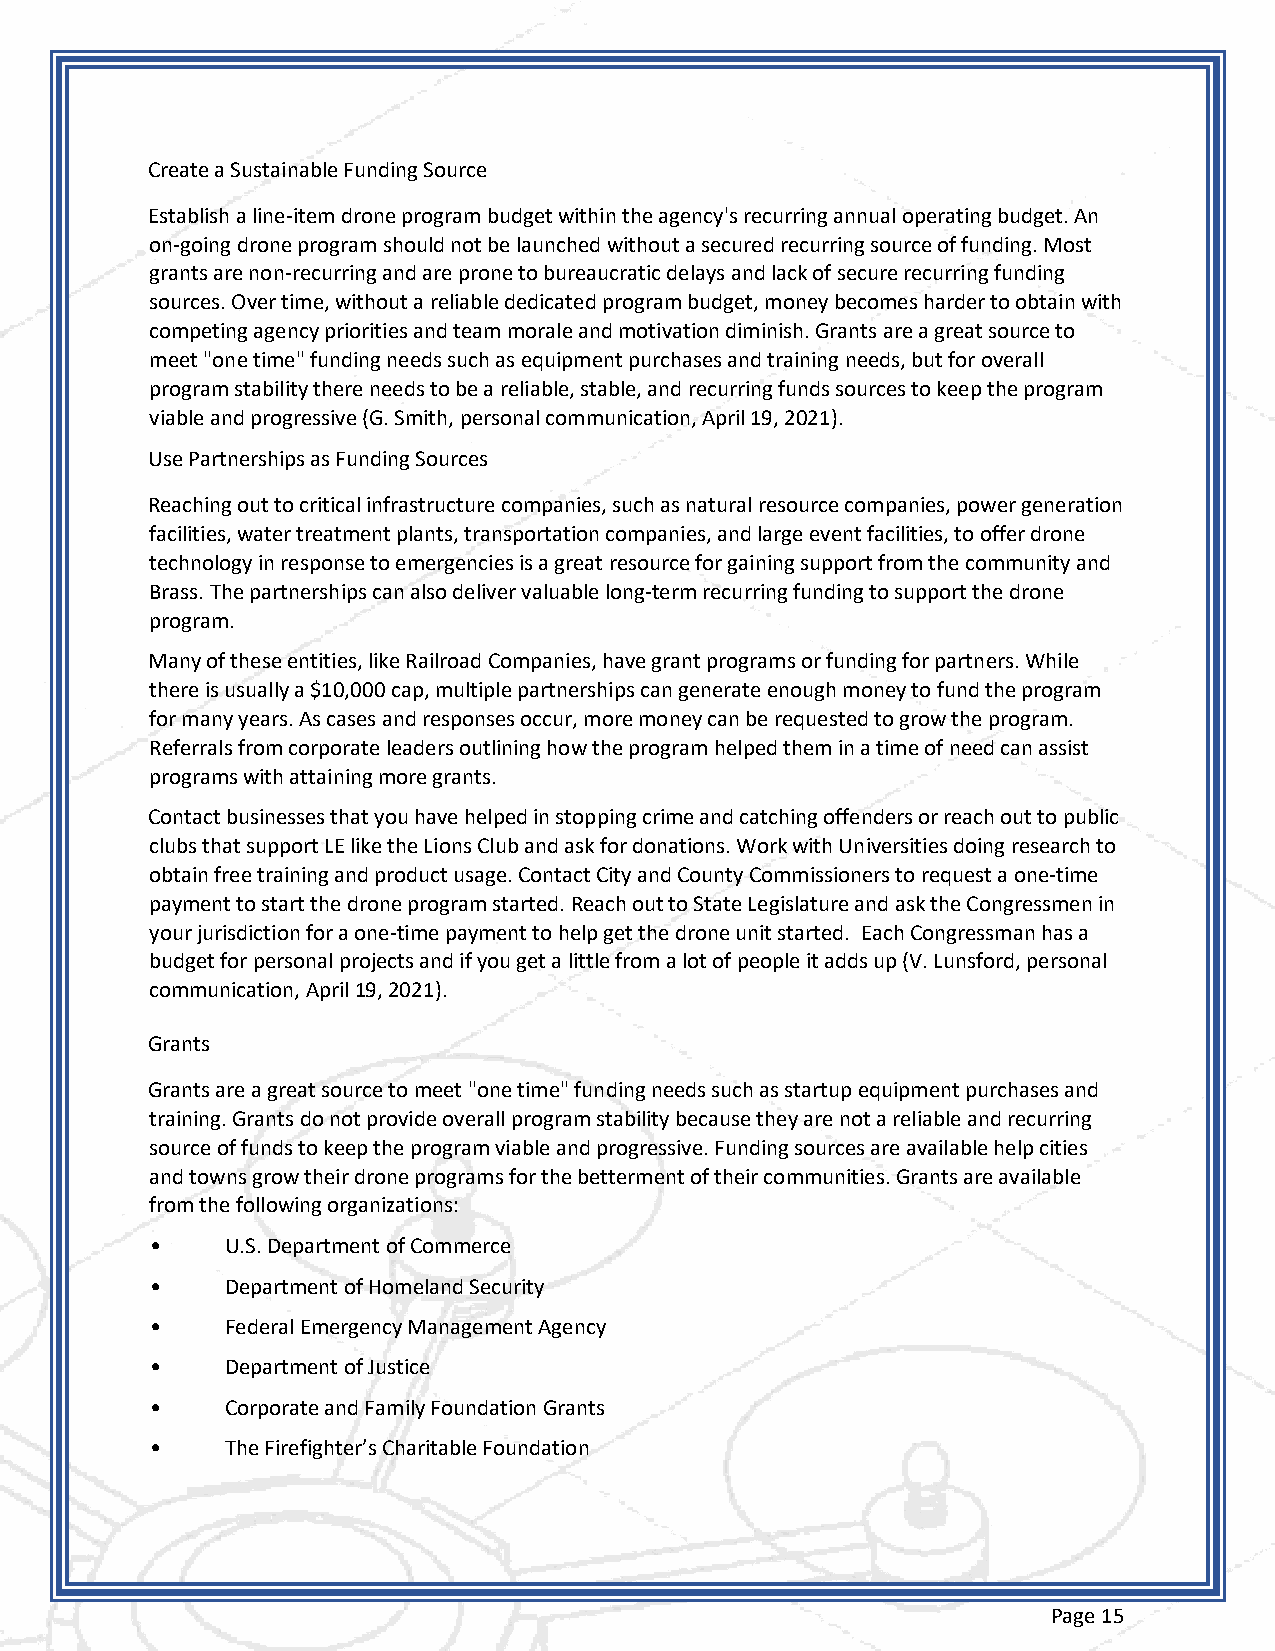
Create a Sustainable Funding Source
 Establish a line-item drone program budget within the agency's recurring annual operating budget. An
 on-going drone program should not be launched without a secured recurring source of funding. Most
 grants are non-recurring and are prone to bureaucratic delays and lack of secure recurring funding
 sources. Over time, without a reliable dedicated program budget, money becomes harder to obtain with
 competing agency priorities and team morale and motivation diminish. Grants are a great source to
 meet "one time" funding needs such as equipment purchases and training needs, but for overall
 program stability there needs to be a reliable, stable, and recurring funds sources to keep the program
 viable and progressive (G. Smith, personal communication, April 19, 2021).
 Use Partnerships as Funding Sources
 Reaching out to critical infrastructure companies, such as natural resource companies, power generation
 facilities, water treatment plants, transportation companies, and large event facilities, to offer drone
 technology in response to emergencies is a great resource for gaining support from the community and
 Brass. The partnerships can also deliver valuable long-term recurring funding to support the drone
 program.
 Many of these entities, like Railroad Companies, have grant programs or funding for partners. While
 there is usually a $10,000 cap, multiple partnerships can generate enough money to fund the program
 for many years. As cases and responses occur, more money can be requested to grow the program.
 Referrals from corporate leaders outlining how the program helped them in a time of need can assist
 programs with attaining more grants.
 Contact businesses that you have helped in stopping crime and catching offenders or reach out to public
 clubs that support LE like the Lions Club and ask for donations. Work with Universities doing research to
 obtain free training and product usage. Contact City and County Commissioners to request a one-time
 payment to start the drone program started. Reach out to State Legislature and ask the Congressmen in
 your jurisdiction for a one-time payment to help get the drone unit started. Each Congressman has a
 budget for personal projects and if you get a little from a lot of people it adds up (V. Lunsford, personal
 communication, April 19, 2021).
 Grants
 Grants are a great source to meet "one time" funding needs such as startup equipment purchases and
 training. Grants do not provide overall program stability because they are not a reliable and recurring
 source of funds to keep the program viable and progressive. Funding sources are available help cities
 and towns grow their drone programs for the betterment of their communities. Grants are available
 from the following organizations:
 •    U.S. Department of Commerce
 •    Department of Homeland Security
 •    Federal Emergency Management Agency
 •    Department of Justice
 •    Corporate and Family Foundation Grants
 •    The Firefighter’s Charitable Foundation
 Page 15